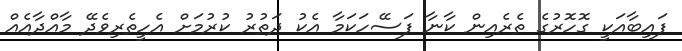
ފައިބާއަކީ ގޮހޮރުގެ ތެރެއިން ކާނާ ފަސޭހަކަމާ އެކު ދަތުރު ކުރުމަށް އެހީތެރިވެދޭ މާއްދާއެއް